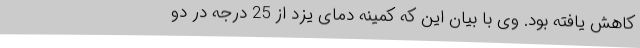
کاهش یافته بود. وی با بیان این که کمینه دمای یزد از 25 درجه در دو